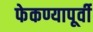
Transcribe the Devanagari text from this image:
फेकण्यापूर्वी